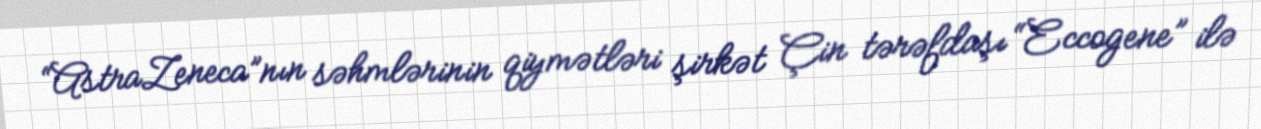
“AstraZeneca”nın səhmlərinin qiymətləri şirkət Çin tərəfdaşı “Eccogene” ilə